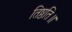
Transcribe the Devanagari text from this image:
तिष्ठति॥